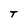
Character: T